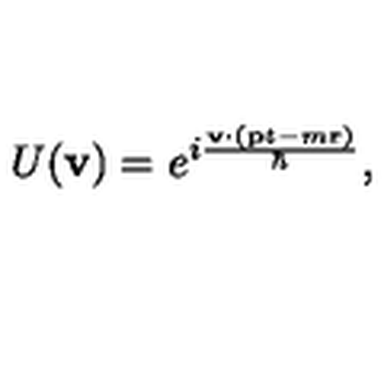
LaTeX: U ( { \bf v } ) = e ^ { i \frac { { \bf v } \cdot ( { \bf p } t - m { \bf r } ) } { \hbar } } ,